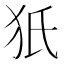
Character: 㹝